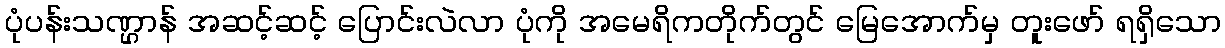
ပုံပန်းသဏ္ဌာန် အဆင့်ဆင့် ပြောင်းလဲလာ ပုံကို အမေရိကတိုက်တွင် မြေအောက်မှ တူးဖော် ရရှိသော